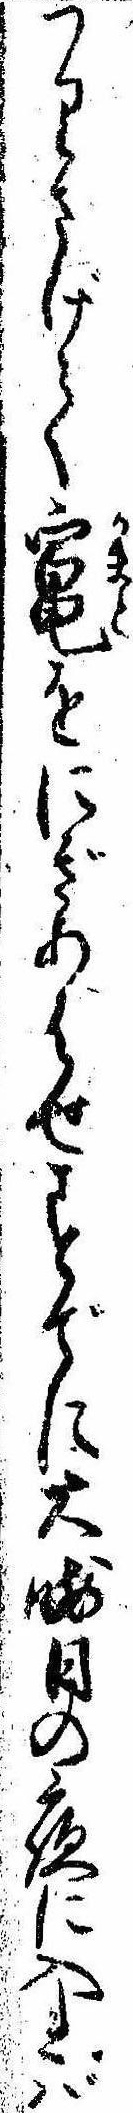
つりさげて竃をにぎあはせすでに大晦日の夜に入れば